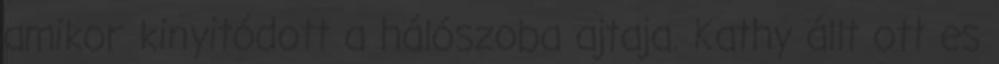
amikor kinyitódott a hálószoba ajtaja. Kathy állt ott es